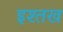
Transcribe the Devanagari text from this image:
इश्तख